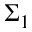
\Sigma _ { 1 }